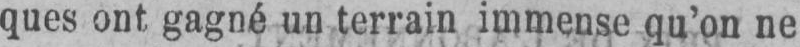
ques ont gagné un terrain immense qu’on ne